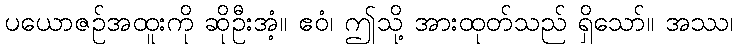
ပယောဇဉ်အထူးကို ဆိုဦးအံ့။ ဧဝံ၊ ဤသို့ အားထုတ်သည် ရှိသော်။ အဿ၊